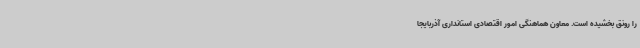
را رونق بخشیده است. معاون هماهنگی امور اقتصادی استانداری آذربایجا